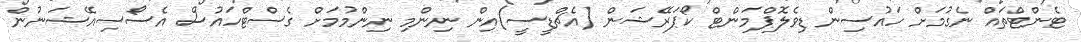
ޓެންޓްތައް ނެގުމަށް ހައުސިން ޑިވެލޮޕްމަންޓް ކޯޕަރޭޝަން (އެޗްޑީސީ)އިން ނިންމި ނިންމުމަށް ގެސްޓްހައުސް އެސޯސިއޭޝަނުން